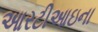
આરટીઆઇના